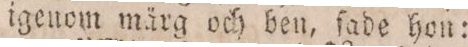
igenom märg och ben, ſade hon: